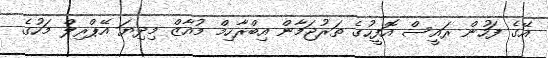
އޭގެ ފަހުން ރައީސް އޮފީހުގެ ތަރުޖަމާން އިބްރާހިމް މުއާޒް މިދިޔަ އޭޕްރިލް މަހުގެ